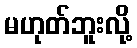
မဟုတ်ဘူးလို့